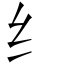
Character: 纟